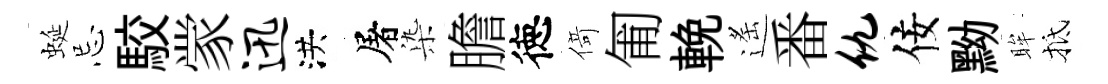
蜒忌駮䝉迅洪屠𣑱膽徳𠋣匍輓遙番仇佞黝眸抵